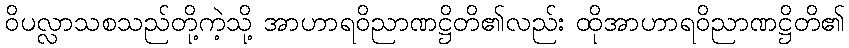
ဝိပလ္လာသစသည်တို့ကဲ့သို့ အာဟာရဝိညာဏဋ္ဌိတိ၏လည်း ထိုအာဟာရဝိညာဏဋ္ဌိတိ၏